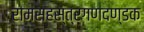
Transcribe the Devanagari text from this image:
रामसहस्त्रगणदण्डक